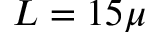
L = 1 5 \mu